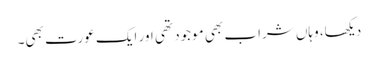
دیکھا، وہاں شراب بھی موجود تھی اور ایک عورت بھی۔